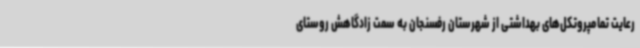
رعایت تمامپروتکل‌های بهداشتی از شهرستان رفسنجان به سمت زادگاهش روستای